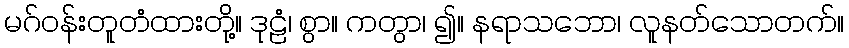
မဂ်ဝန်းတူတံထားတို့။ ဒုဠံ၊ စွာ။ ကတွာ၊ ၍။ နရာသဘော၊ လူနတ်သောတက်။